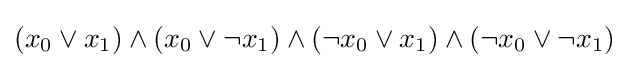
(x_{0}\lor x_{1})\land (x_{0}\lor \lnot x_{1})\land (\lnot x_{0}\lor x_{1})\land (\lnot x_{0}\lor \lnot x_{1})